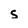
Character: s